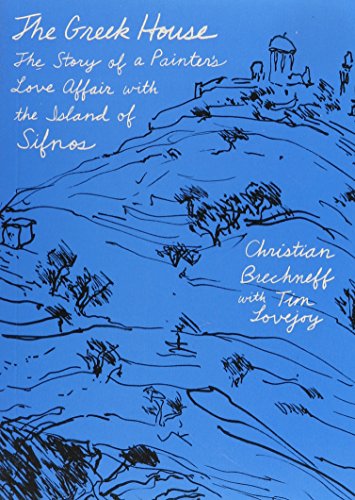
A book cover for The Greek House: The Story of a Painter's Love Affair with the Island of Sifnos; Christian Brechneff; Travel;